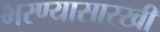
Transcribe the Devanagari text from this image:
भरण्यासारखी